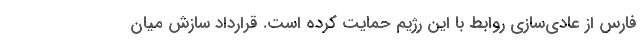
فارس از عادی‌سازی روابط با این رژیم حمایت کرده است. قرارداد سازش میان